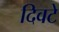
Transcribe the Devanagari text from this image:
दिवटे